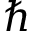
\hbar